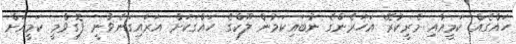
ހައްގެއް ކަމީއާއި މެރީކުރޭ އަހަރެންގެ ނުބައިކަމުން ލޫކްގެ ހައްގަކަށް އަރައިގަނެވުނީ ފޮގިވްމީ ކަމީއަށް